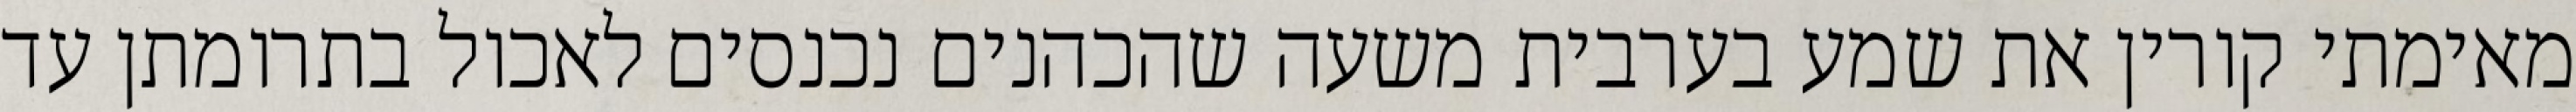
מאימתי קורין את שמע בערבית משעה שהכהנים נכנסים לאכול בתרומתן עד